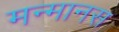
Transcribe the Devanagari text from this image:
मन्मानस